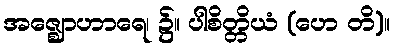
အဇ္ဈောဟာရေ၊ ၌။ ပါစိတ္တိယံ (ဟေ တိ)။